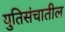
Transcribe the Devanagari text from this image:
युतिसंचातील